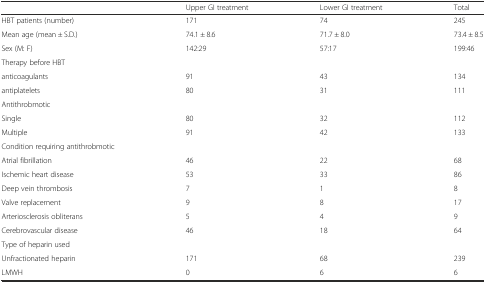
|  | Upper GI treatment | Lower GI treatment | Total |
 | --- | --- | --- | --- |
 | HBT patients (number) | 171 | 74 | 245 |
 | Mean age (mean ± S.D.) | 74.1 ± 8.6 | 71.7 ± 8.0 | 73.4 ± 8.5 |
 | Sex (M: F) | 142:29 | 57:17 | 199:46 |
 | Therapy before HBT |  |  |  |
 | anticoagulants | 91 | 43 | 134 |
 | antiplatelets | 80 | 31 | 111 |
 | Antithrobmotic |  |  |  |
 | Single | 80 | 32 | 112 |
 | Multiple | 91 | 42 | 133 |
 | Condition requiring antithrobmotic |  |  |  |
 | Atrial fibrillation | 46 | 22 | 68 |
 | Ischemic heart disease | 53 | 33 | 86 |
 | Deep vein thrombosis | 7 | 1 | 8 |
 | Valve replacement | 9 | 8 | 17 |
 | Arteriosclerosis obliterans | 5 | 4 | 9 |
 | Cerebrovascular disease | 46 | 18 | 64 |
 | Type of heparin used |  |  |  |
 | Unfractionated heparin | 171 | 68 | 239 |
 | LMWH | 0 | 6 | 6 |